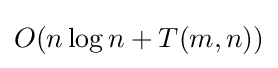
O(n\log {n}+T(m,n))